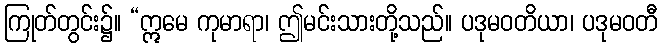
ကြုတ်တွင်း၌။ “ဣမေ ကုမာရာ၊ ဤမင်းသားတို့သည်။ ပဒုမဝတိယာ၊ ပဒုမဝတီ